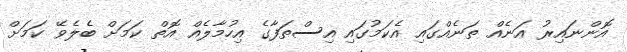
އޮންނައިރު އަނެއް ތަނެއްގައި އެކަމުގައި އިސްތަފާގެ އިހުމާލެއް އޮތް ކަމަށް ބެލެވޭ ކަމަށް